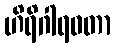
ဟိရိဂါရဝတာ